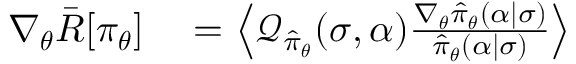
\begin{array} { r l } { \nabla _ { \boldsymbol { \theta } } \bar { R } [ \pi _ { \boldsymbol { \theta } } ] } & { { } = \left\langle \mathcal { Q } _ { \hat { \pi } _ { \boldsymbol { \theta } } } ( \sigma , \alpha ) \frac { \nabla _ { \boldsymbol { \theta } } \hat { \pi } _ { \boldsymbol { \theta } } ( \alpha \vert \sigma ) } { \hat { \pi } _ { \boldsymbol { \theta } } ( \alpha \vert \sigma ) } \right\rangle } \end{array}